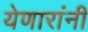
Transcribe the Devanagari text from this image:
येणारांनी